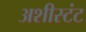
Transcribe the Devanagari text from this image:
अशीस्टंट